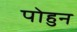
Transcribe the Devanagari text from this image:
पोहुन